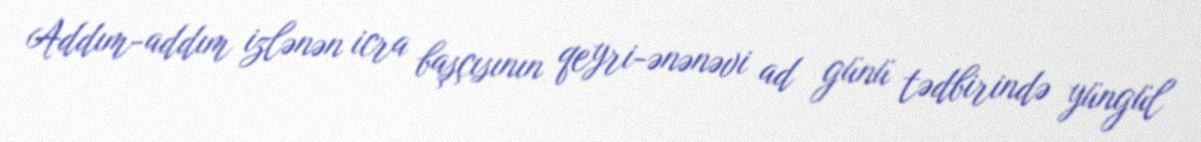
Addım-addım izlənən icra başçısının qeyri-ənənəvi ad günü tədbirində yüngül